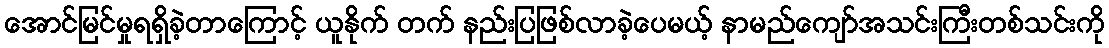
အောင်မြင်မှုရရှိခဲ့တာကြောင့် ယူနိုက် တက် နည်းပြဖြစ်လာခဲ့ပေမယ့် နာမည်ကျော်အသင်းကြီးတစ်သင်းကို